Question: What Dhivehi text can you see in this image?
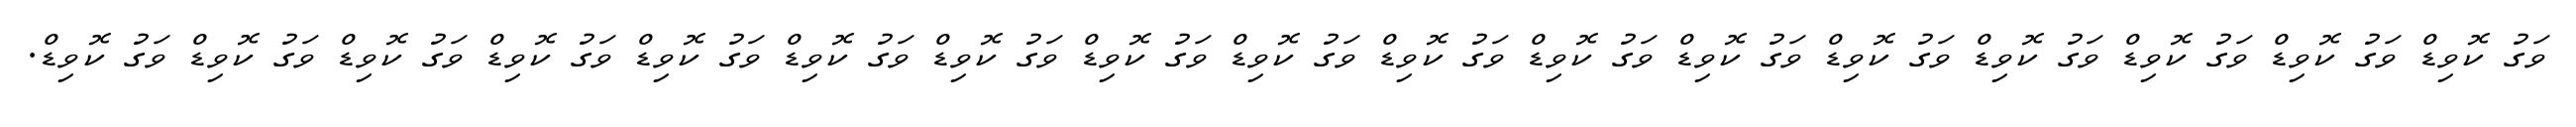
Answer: ވަގު ކޮވިޑް ވަގު ކޮވިޑް ވަގު ކޮވިޑް ވަގު ކޮވިޑް ވަގު ކޮވިޑް ވަގު ކޮވިޑް ވަގު ކޮވިޑް ވަގު ކޮވިޑް ވަގު ކޮވިޑް ވަގު ކޮވިޑް ވަގު ކޮވިޑް ވަގު ކޮވިޑް ވަގު ކޮވިޑް ވަގު ކޮވިޑް ވަގު ކޮވިޑް ވަގު ކޮވިޑް ވަގު ކޮވިޑް.